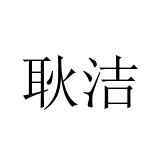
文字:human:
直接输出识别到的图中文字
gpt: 耿洁